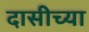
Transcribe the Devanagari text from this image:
दासीच्या